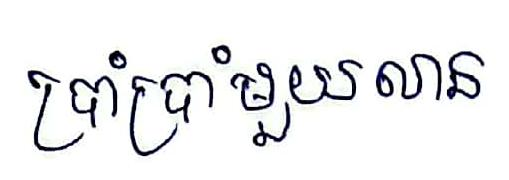
ប្រាំប្រាំមួយលាន